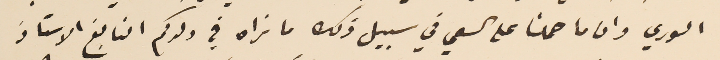
السوري وان ما حملنا على السعي في سبيل ذلك ما نراه في ولدكم النابغ الاستاذ